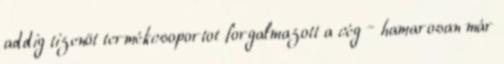
addig tizenöt termékcsoportot forgalmazott a cég – hamarosan már